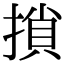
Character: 𢱡